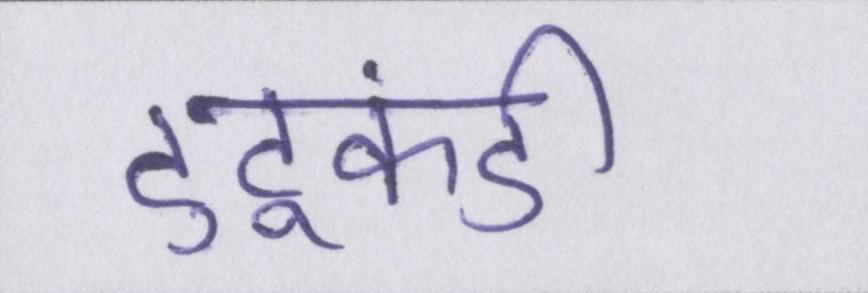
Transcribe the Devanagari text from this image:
टुटूकंडी